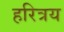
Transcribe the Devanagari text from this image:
हरित्रय